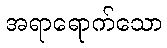
အရာရောက်သော